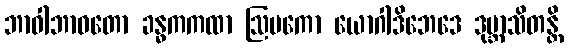
ဘာဝါဘာဝတော ခန္ဓကကထာ ဩမကော ယောဂါဒိဘေဒေ ဒုဗ္ဘာသိတန္တိ